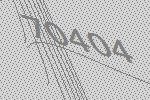
70404